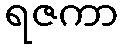
ရဇကာ